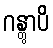
ဂန္တွာပိ